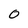
Character: 0